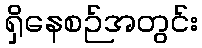
ရှိနေစဉ်အတွင်း